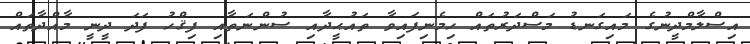
އިސްލާމްދީނުގެ މައިގަނޑު މަސްދަރުތައް ހިމެނިފައިވާ ތައުޙީދާއި ސުންނަތާއި ފިޤްހު ފަދަ ދީނީ މާއްދާތައް